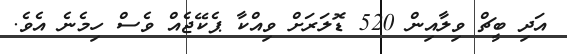
އަދި ބީޗް ވިލާއިން 520 ޑޮލަރަށް ވިއްކާ ޕެކޭޖެއް ވެސް ހިމެނެ އެވެ.